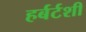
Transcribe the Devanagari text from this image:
हर्बर्टशी